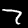
Digit: 7